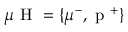
\mu \mathrm { ~ H ~ } = \lbrace \mu ^ { - } , \mathrm { ~ p ~ } ^ { + } \rbrace